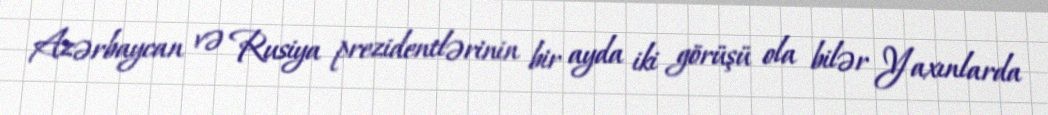
Azərbaycan və Rusiya prezidentlərinin bir ayda iki görüşü ola bilər Yaxınlarda